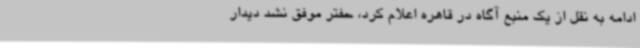
ادامه به نقل از یک منبع آگاه در قاهره اعلام کرد، حفتر موفق نشد دیدار